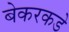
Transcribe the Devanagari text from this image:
बेकरकडे